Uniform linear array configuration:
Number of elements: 32
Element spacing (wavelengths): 0.75
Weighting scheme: hann
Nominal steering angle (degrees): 0
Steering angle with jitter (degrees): -1.703
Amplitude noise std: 0.05
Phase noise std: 0.05

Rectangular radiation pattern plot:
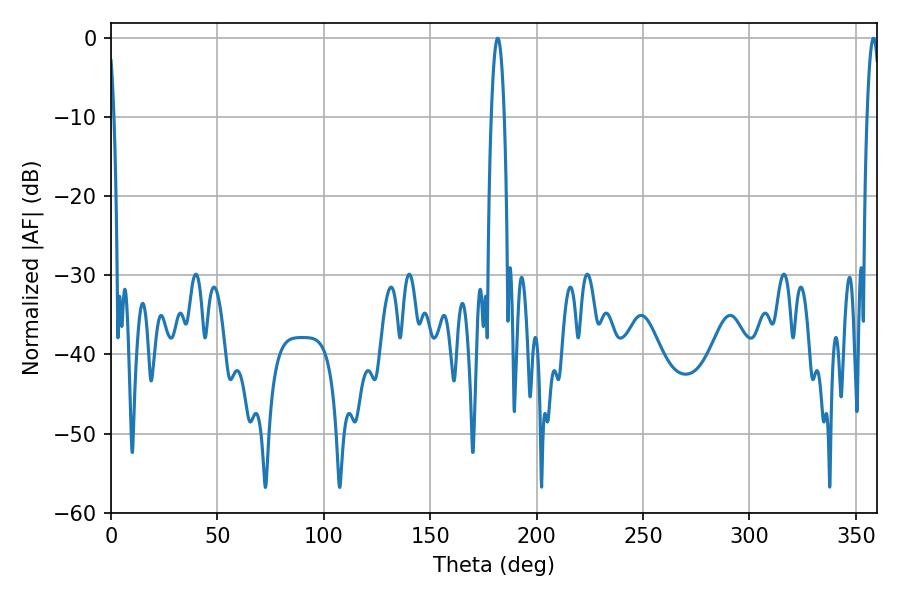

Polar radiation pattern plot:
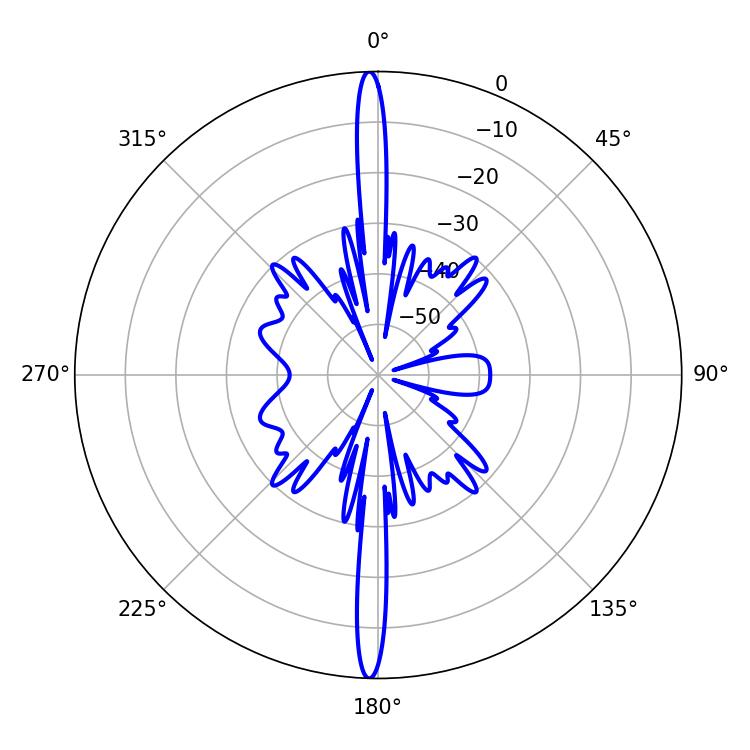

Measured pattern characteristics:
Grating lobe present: TRUE
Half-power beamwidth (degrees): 3.42
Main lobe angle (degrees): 358.2